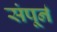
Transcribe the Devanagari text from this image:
संपूर्न